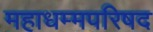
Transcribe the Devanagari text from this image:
महाधम्मपरिषद